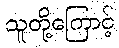
သူတို့ကြောင့်